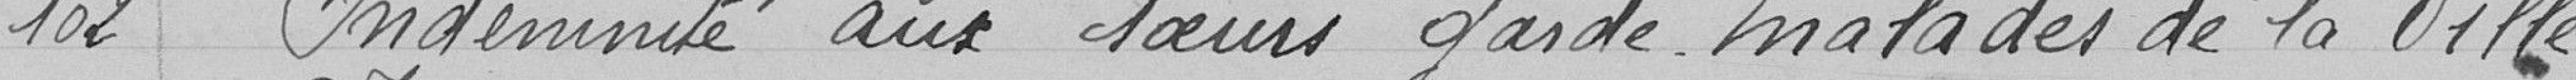
102          Indemnités aux soeurs garde-malades de la Ville